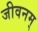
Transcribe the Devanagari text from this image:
जीवनम्